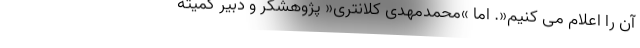
آن را اعلام می کنیم«. اما »محمدمهدی کلانتری« پژوهشگر و دبیر کمیته